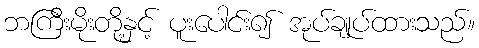
ဘကြီးမိုးတို့နှင့် ပူးပေါင်း၍ အုပ်ချုပ်ထားသည်။